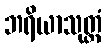
ဘရိယာသုတ္တံ